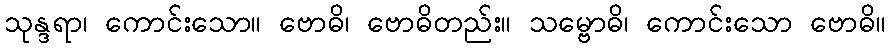
သုန္ဒရာ၊ ကောင်းသော။ ဗောဓိ၊ ဗောဓိတည်း။ သမ္ဗောဓိ၊ ကောင်းသော ဗောဓိ။